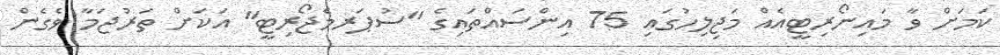
ކަމަށް ވާ މައިނޯރިޓީއެއް މަޖިލިހުގައި 75 އިންސައްތައިގެ "ސުޕަރމެޖޯރިޓީ" އަކަށް ތަރުޖަމާ ވެގެން